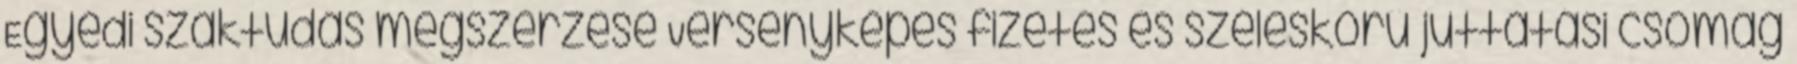
Egyedi szaktudás megszerzése Versenyképes fizetés és széleskörű juttatási csomag